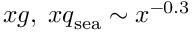
x g , \; x q _ { \mathrm { s e a } } \sim x ^ { - 0 . 3 }